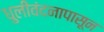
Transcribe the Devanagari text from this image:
धुलीवंदनापासून